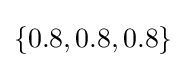
\{0.8,0.8,0.8\}